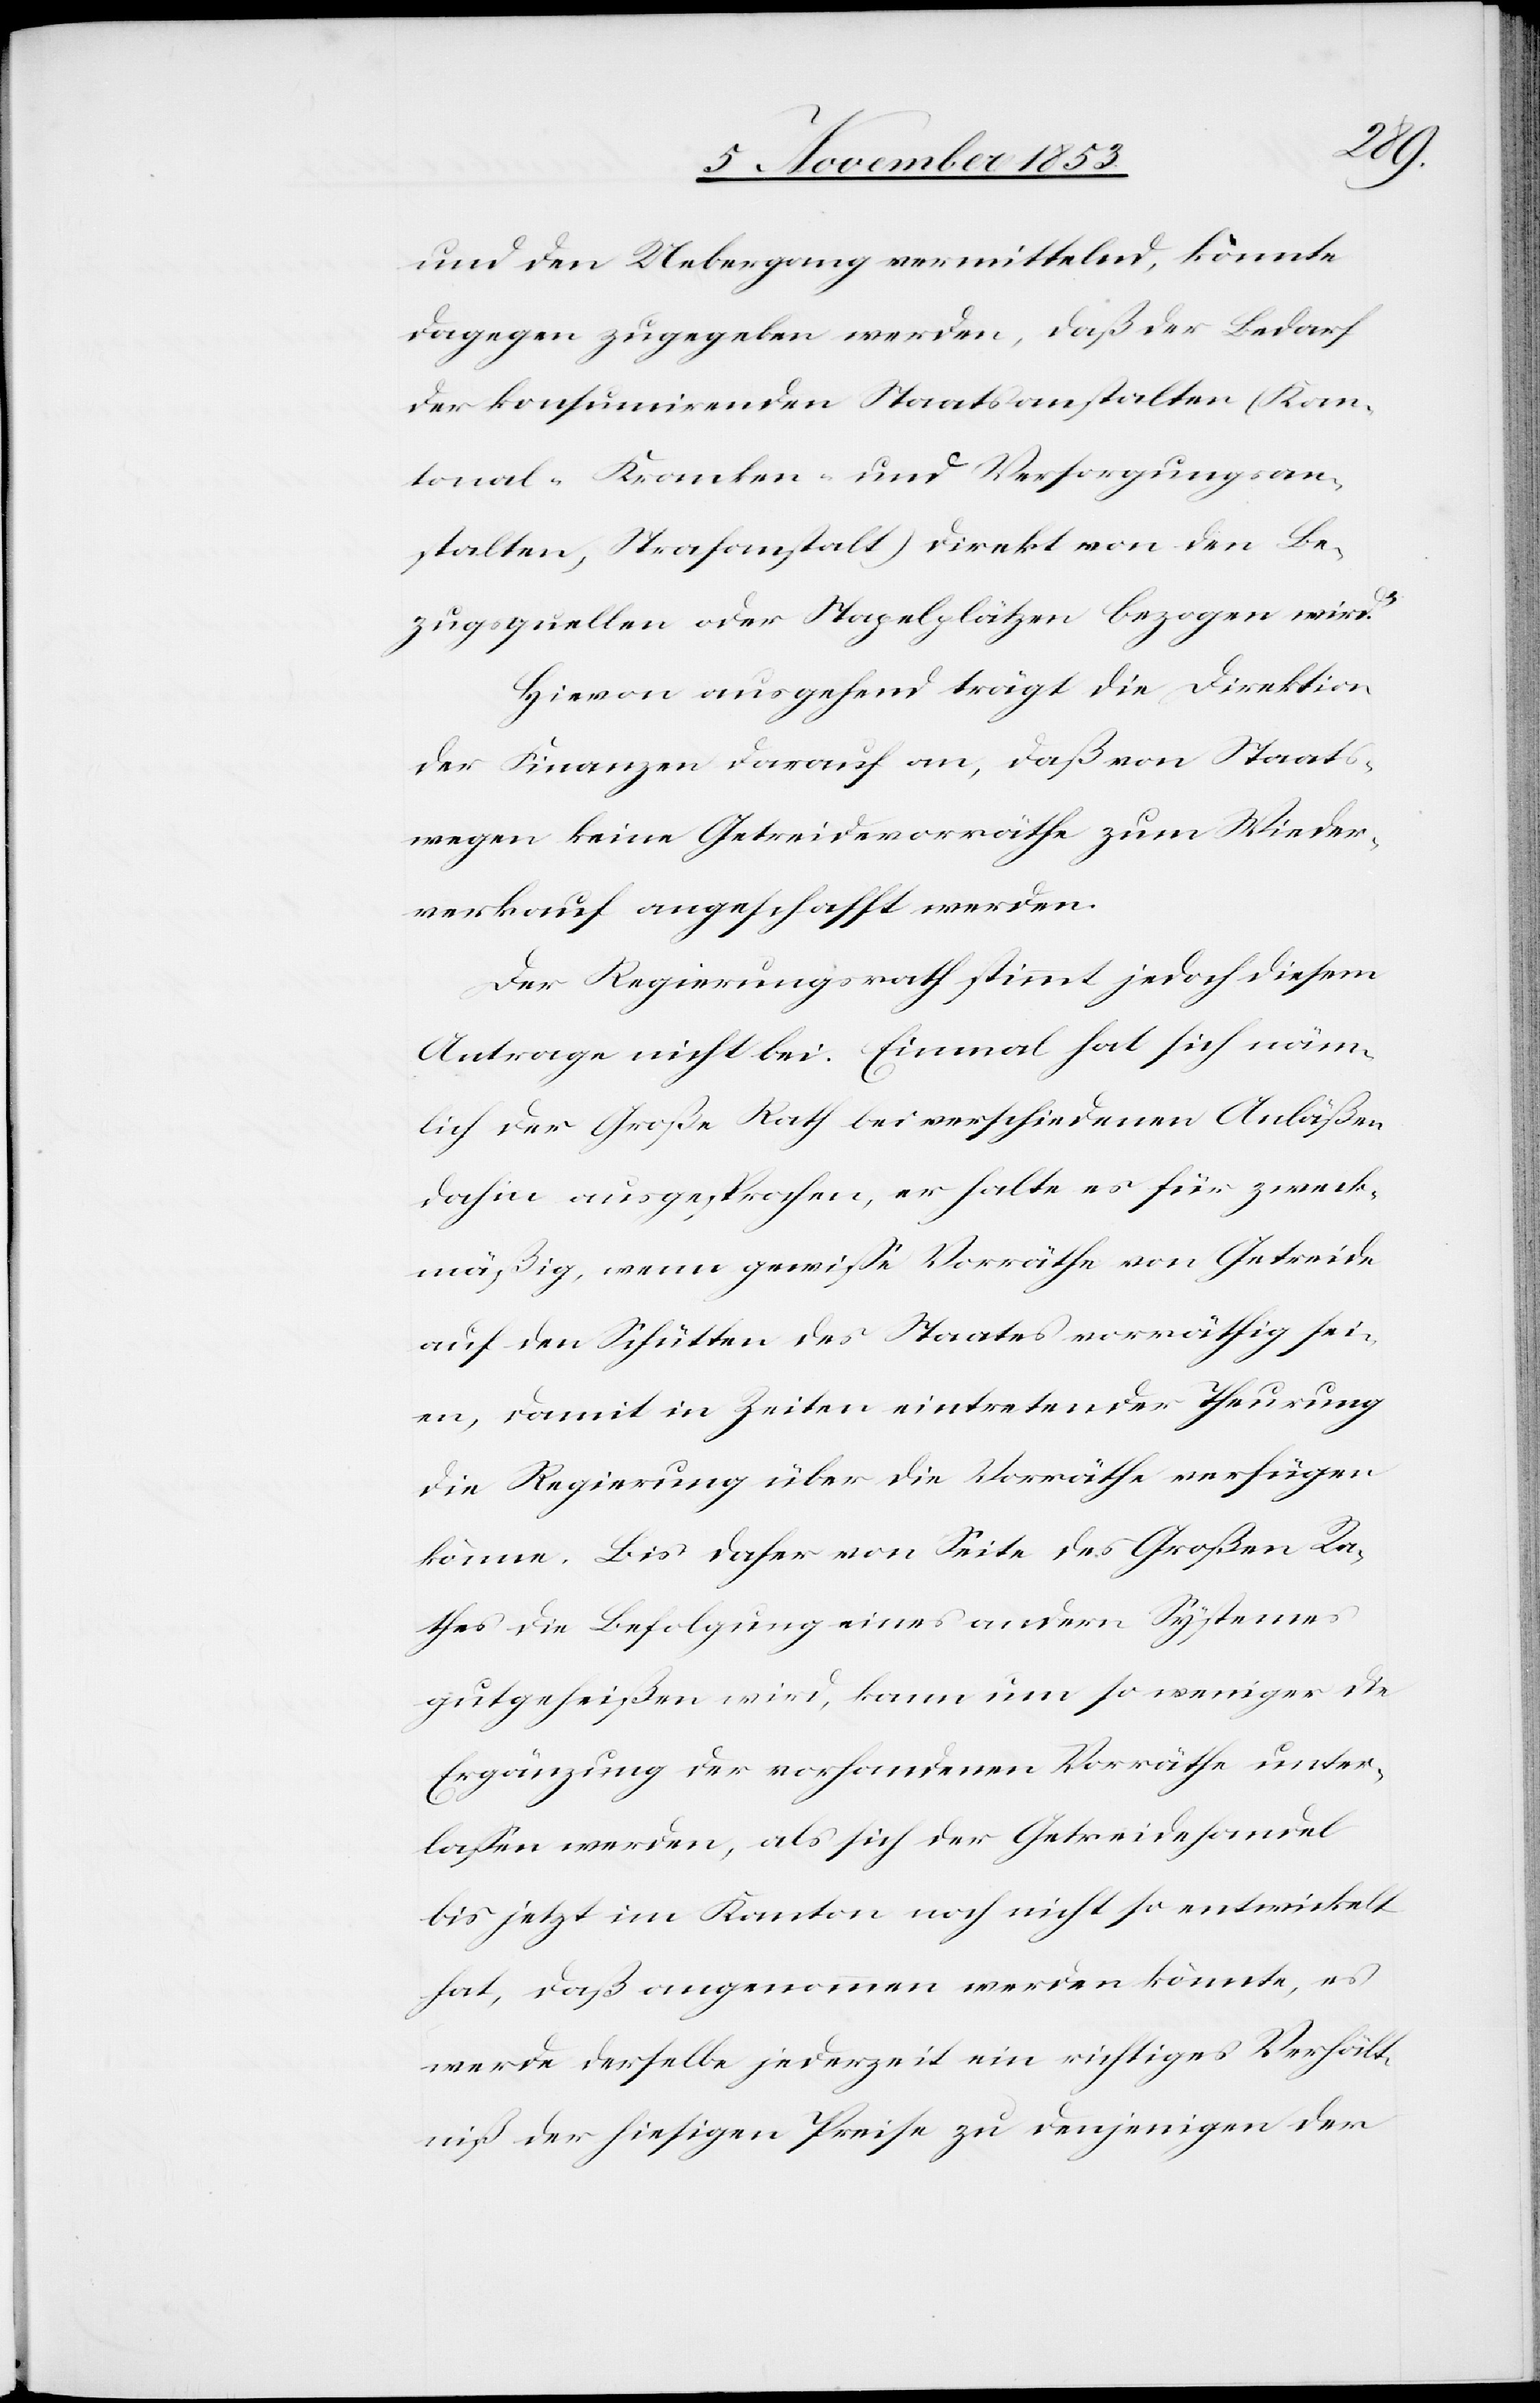
und den Uebergang vermittelnd, könnte
dagegen zugegeben werden, daß der Bedarf
der konsumirenden Staatsanstalten (Kan¬
tonal-Kranken- und Versorgungsan¬
stalten, Strafanstalt) direkt von den Be¬
zugsquellen oder Stapelplätzen bezogen wird.
Hievon ausgehend trägt die Direktion
der Finanzen darauf an, daß von Staats¬
wegen keine Getreidevorräthe zum Wieder¬
verkauf ausgeschafft werden.
Der Regierungsrath stimmt jedoch diesem
Antrage nicht bei. Einmal hat sich näm¬
lich der Große Rath bei verschiedenen Anläßen
dahin ausgesprochen, er halte es für zweck¬
mäßig, wenn gewiße Vorräthe von Getreide
auf den Schütten des Staates vorräthig sei¬
en, damit in Zeiten eintretender Theurung
die Regierung über die Vorräthe verfügen
könne. Bis daher von Seite des Großen Ra¬
thes die Befolgung eines andern Systems
gutgeheißen wird, kann um so weniger die
Ergänzung der vorhandenen Vorräthe unter¬
laßen werden, als sich der Getreidehandel
bis jetzt im Kanton noch nicht so entwickelt
hat, daß angenommen werden könnte, es
werde derselbe jederzeit ein richtiges Verhält¬
niß der hiesigen Preise zu denjenigen der